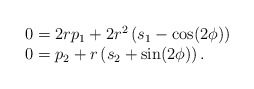
\begin{align*} \begin{array}{l} \displaystyle{0=2rp_1+2r^2\left(s_1-\cos (2\phi)\right)}\\ \displaystyle{0=p_2+r\left(s_2+\sin(2 \phi)\right).} \end{array}\end{align*}